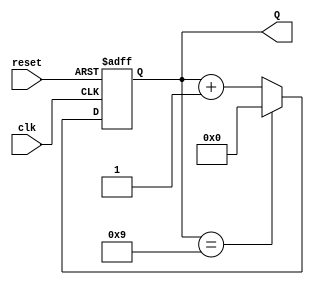
module decade_counter (
    input wire clk,       // External trigger signal
    input wire reset,     // Asynchronous reset signal
    output reg [3:0] Q    // 4-bit output representing the count
);

// Asynchronous reset and counting logic
always @(posedge clk or posedge reset) begin
    if (reset) begin
        Q <= 4'b0000; // Reset the counter to 0
    end else begin
        if (Q == 4'b1001) begin
            Q <= 4'b0000; // Reset to 0 when count reaches 10 (1010)
        end else begin
            Q <= Q + 1; // Increment the counter
        end
    end
end

endmodule